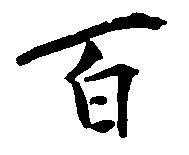
百